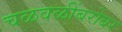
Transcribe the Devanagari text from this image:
चळवळींबरोबर